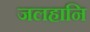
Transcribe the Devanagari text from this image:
जलहानि